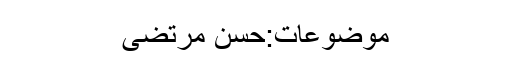
موضوعات:حسن مرتضیٰ